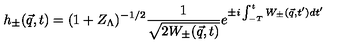
h _ { \pm } ( { \vec { q } } , t ) = ( 1 + Z _ { \Lambda } ) ^ { - 1 / 2 } \frac { 1 } { \sqrt { 2 W _ { \pm } ( { \vec { q } } , t ) } } e ^ { \pm i \int _ { - T } ^ { t } W _ { \pm } ( { \vec { q } } , t ^ { \prime } ) d t ^ { \prime } }